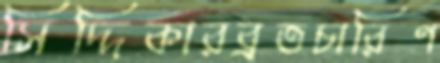
সিদ্দিকারব্রতচারিণ